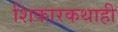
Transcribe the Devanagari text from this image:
शिकारकथाही